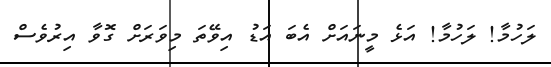
ލަހުމާ! ލަހުމާ! އަޅެ މީނައަށް އެބަ އަޑު އިވޭތަ މިވަރަށް ގޮވާ އިރުވެސް